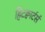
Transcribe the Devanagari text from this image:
हिटक्वार्टर्स